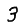
Digit: 3